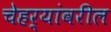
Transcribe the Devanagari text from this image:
चेहर्‍यांवरील